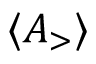
\ensuremath { \langle A _ { \mathrm { > } } \rangle }